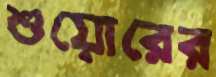
শুয়োরের